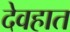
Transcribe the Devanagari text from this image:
देवहात